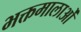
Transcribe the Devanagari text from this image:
भक्तमालाओं